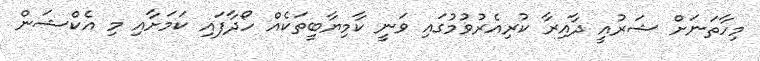
މިހާތަނަށް ޝަރުއީ ދާއިރާ ކުރިއެރުވުމުގައި ވަނީ ކާމިޔާބީތަކެއް ހޯދާފައި ކަމަށާއި މި އެކްޝަން